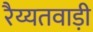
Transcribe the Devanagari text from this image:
रैय्यतवाड़ी